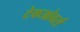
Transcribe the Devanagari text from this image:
टेकओवर्स